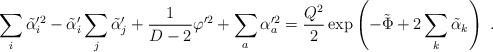
LaTeX: \begin{align*}\sum_i \tilde\alpha_i^{\prime2} - \tilde\alpha_i'\sum_j\tilde\alpha_j' + {1\over D-2} \varphi^{\prime2} + \sum_a \alpha_a^{\prime2} = {Q^2 \over 2} \exp\left(-\tilde\Phi+2\sum_k \tilde\alpha_k \right) \ .\end{align*}